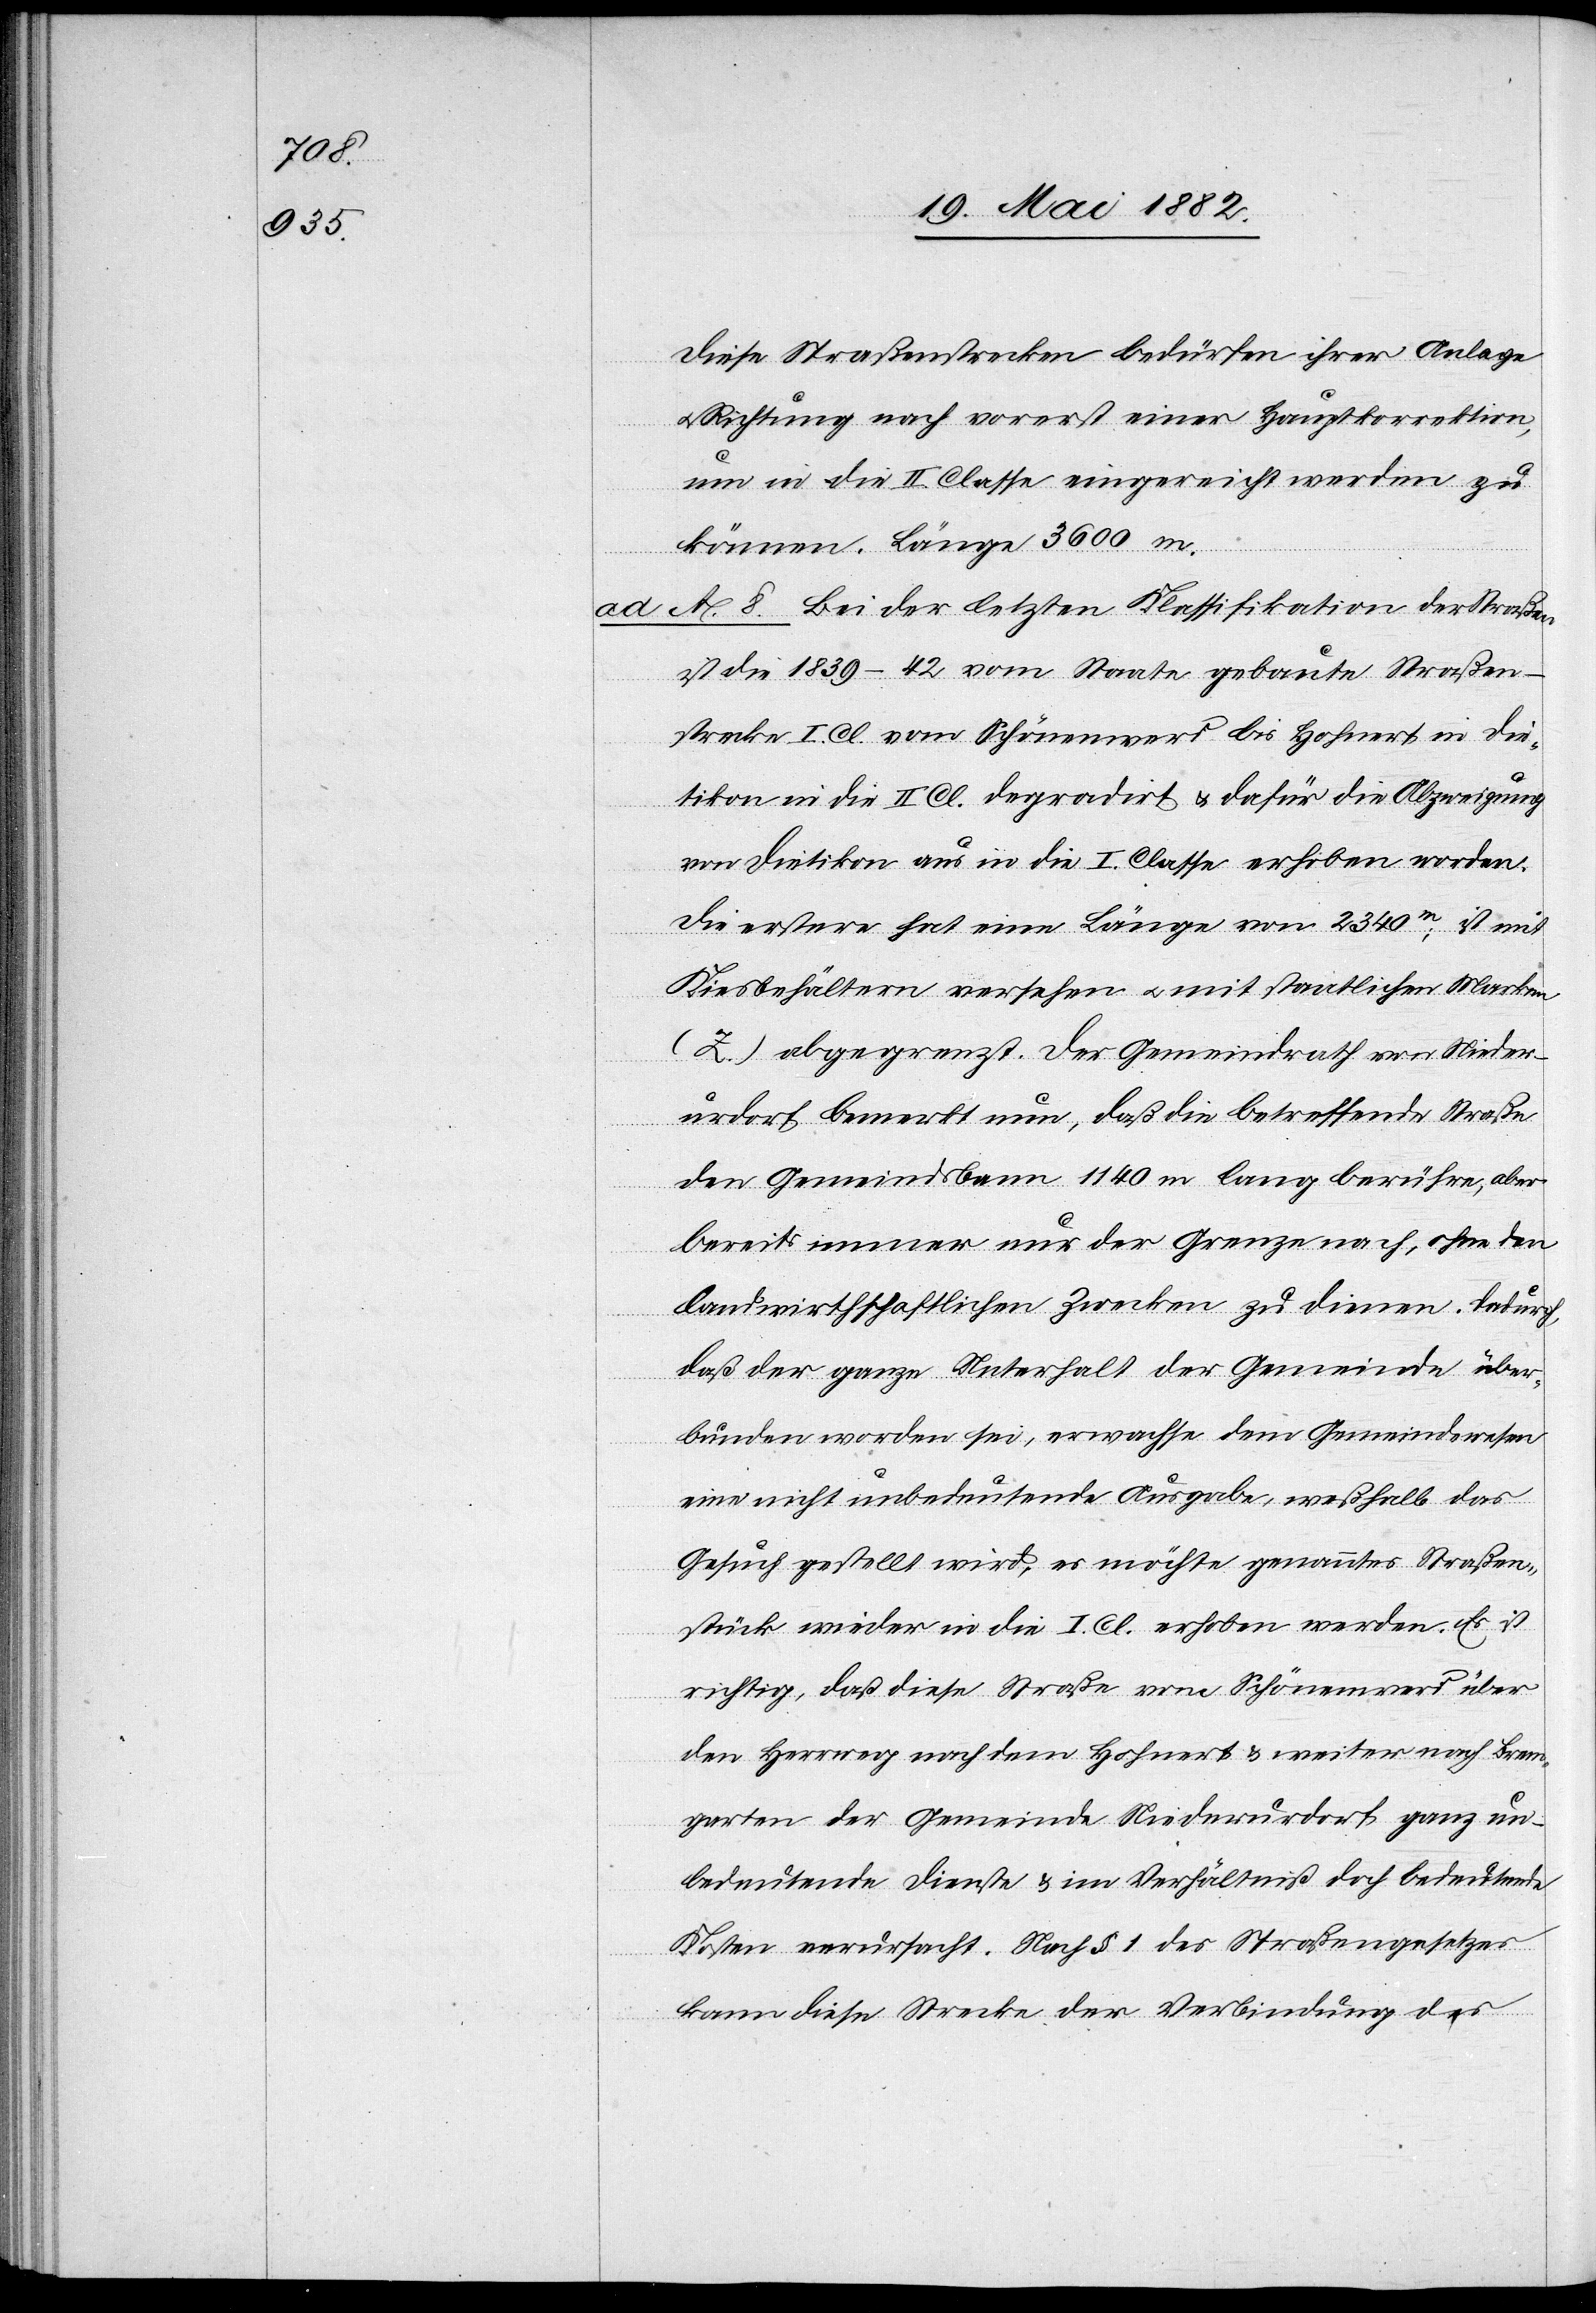
Diese Straßenstrecken bedürfen ihrer Anlage
Richtung nach vorerst einer Hauptkorrektion,
u.
um in die II. Classe eingereicht werden zu
können. Länge 3600 m.
ad A. 8. Bei der letzten Klassifikation der Straßen
ist die 1839–1842 vom Staate gebaute Straßen¬
strecke I. Cl. vom Schönenwerd bis Hofwert in Die¬
tikon in die II. Cl. degradirt & dafür die Abzweigung
von Dietikon aus in die I. Classe erhoben worden.
Die erstere hat eine Länge von 2340m; ist mit
Kiesbehältern versehen u. mit staatlichen Marken
(Z.) abgegrenzt. Der Gemeindrath von Nieder¬
urdorf bemerkt nun, daß die betreffende Straße
den Gemeindsbann 1140 m lang berühre, aber
bereits immer nur der Grenze nach, ohne den
landwirthschaftlichen Zwecken zu dienen. Dadurch,
daß der ganze Unterhalt der Gemeinde über¬
bunden worden sei, erwachse dem Gemeindswesen
eine nicht unbedeutende Ausgabe, weßhalb das
Gesuch gestellt wird, es möchte genanntes Straßen¬
stück wieder in die I. Cl. erhoben werden. Es ist
richtig, daß diese Straße vom Schönenwerd über
den Herrweg nach dem Hofwert & weiter nach Brem¬
garten der Gemeinde Niederurdorf ganz un¬
bedeutende Dienst & im Verhältniß doch bedeutende
Kosten verursacht. Nach § 1 des Straßengesetzes
kann diese Straße der Verbindung des